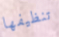
تنظيفها